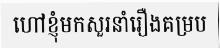
ហៅខ្ញុំមកសួរនាំរឿងគម្រប